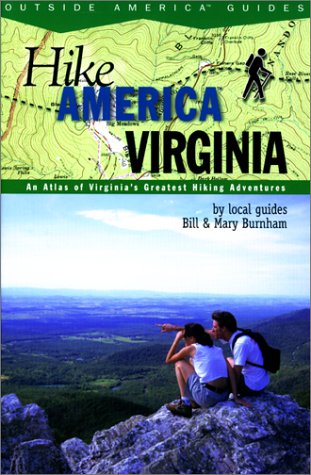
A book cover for Hike America Virginia: An Atlas of Virginia's Greatest Hiking Adventures (Hike America Series); Mary Burnham; Travel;